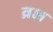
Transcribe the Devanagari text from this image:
व्रक्ष